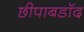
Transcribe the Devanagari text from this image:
छीपाबडॉद